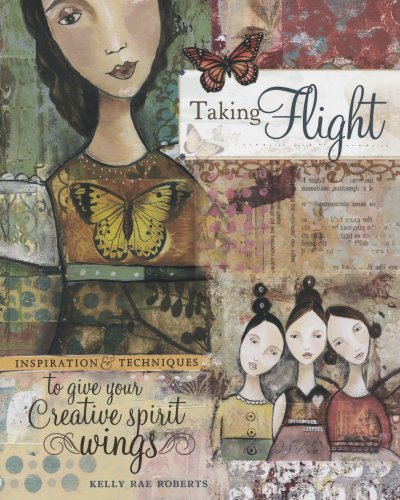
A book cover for Taking Flight: Inspiration And Techniques To Give Your Creative Spirit Wings; Kelly Rae Roberts; Crafts, Hobbies & Home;